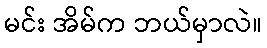
မင်း အိမ်က ဘယ်မှာလဲ။